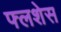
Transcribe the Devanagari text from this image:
फ्लशेस